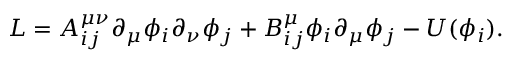
{ \cal { L } } = { \cal { A } } _ { i j } ^ { \mu \nu } \partial _ { \mu } \phi _ { i } \partial _ { \nu } \phi _ { j } + { \cal { B } } _ { i j } ^ { \mu } \phi _ { i } \partial _ { \mu } \phi _ { j } - U ( \phi _ { i } ) .